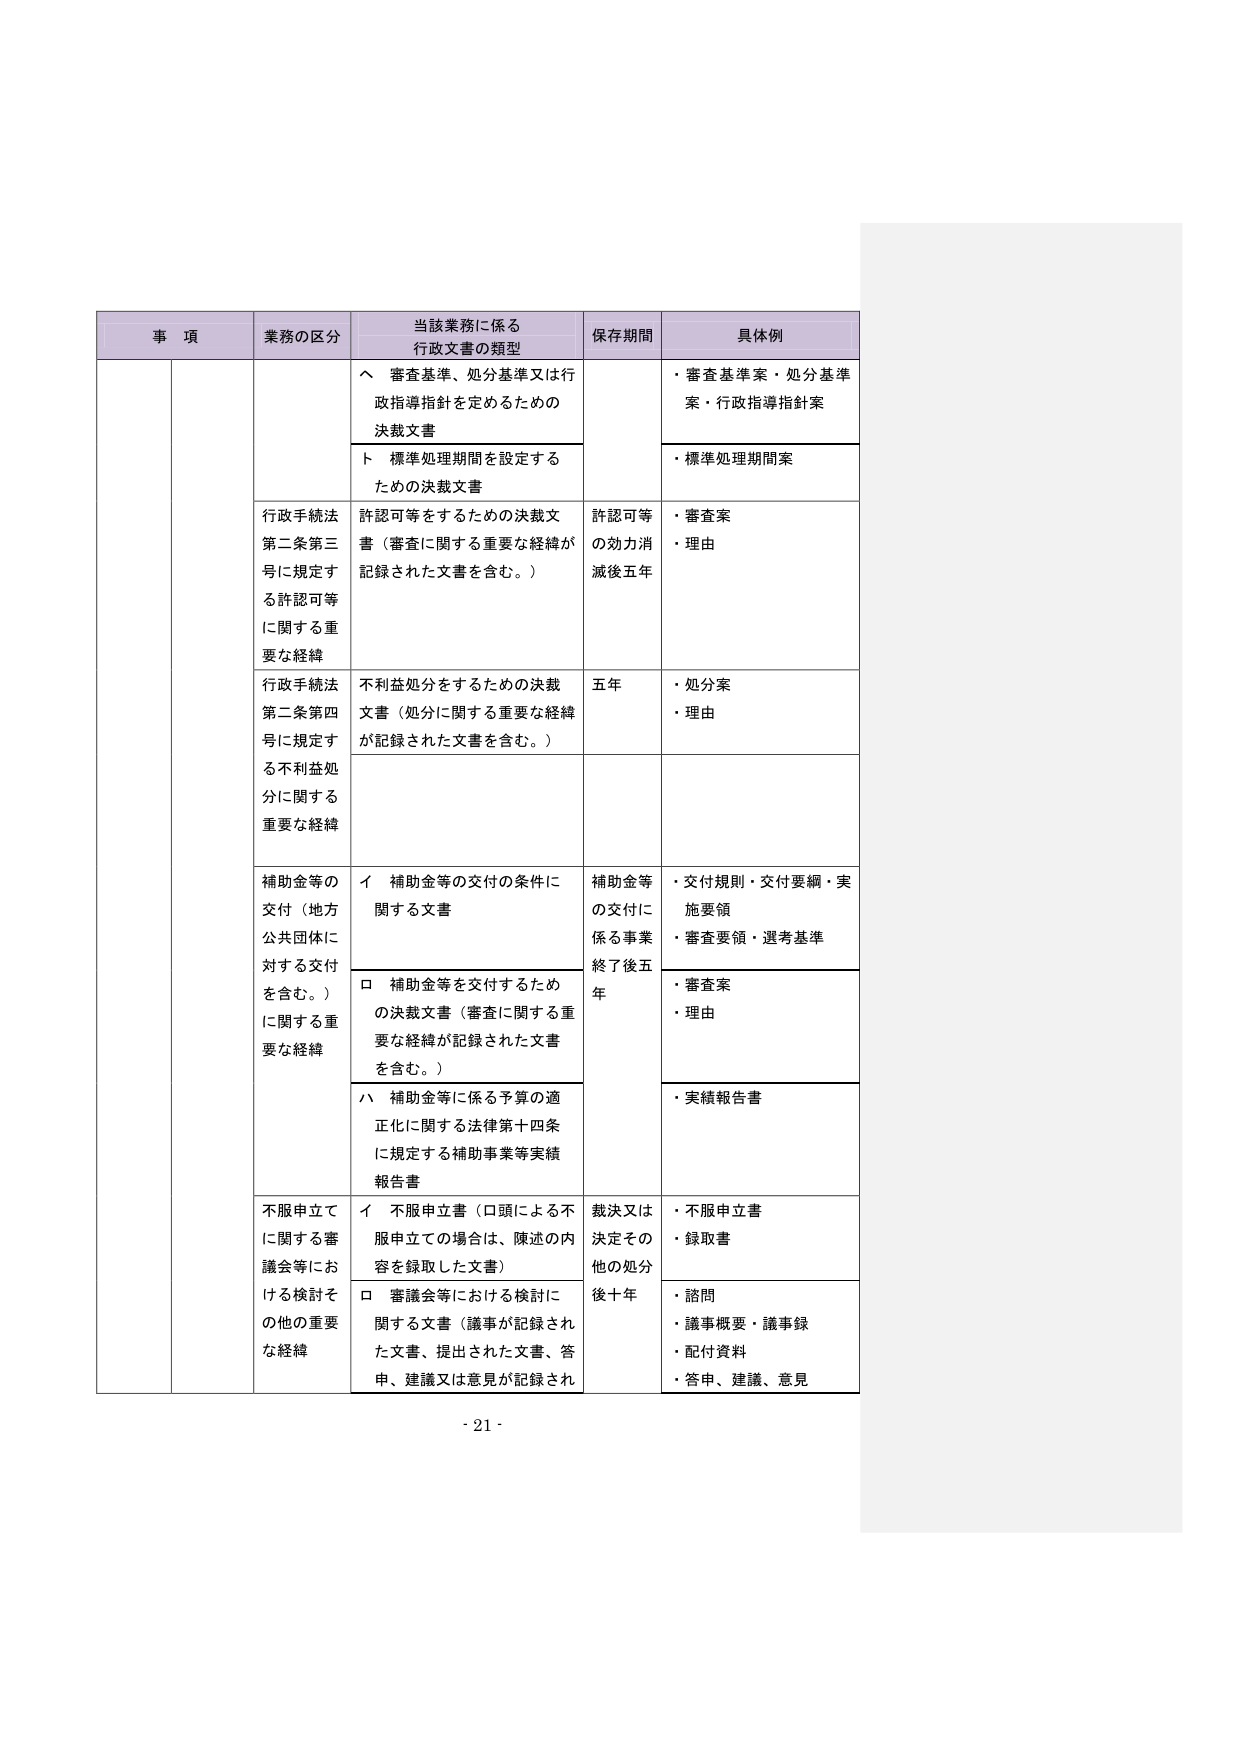
事 項 業務の区分 当該業務に係る 行政文書の類型 保存期間 具体例 へ 審査基準、処分基準又は行 政指導指針を定めるための 決裁文書 ・審査基準案・処分基準 案・行政指導指針案 ト 標準処理期間を設定する ための決裁文書 ・標準処理期間案 行政手続法 第二条第三 号に規定す る許認可等 に関する重 要な経緯 許認可等をするための決裁文 書（審査に関する重要な経緯が 記録された文書を含む。） 許認可等 の効力消 滅後五年 ・審査案 ・理由 行政手続法 第二条第四 号に規定す る不利益処 分に関する 重要な経緯 不利益処分をするための決裁 文書（処分に関する重要な経緯 が記録された文書を含む。） 五年 ・処分案 ・理由 補助金等の 交付（地方 公共団体に 対する交付 を含む。） に関する重 要な経緯 イ 補助金等の交付の条件に 関する文書 補助金等 の交付に 係る事業 終了後五 年 ・交付規則・交付要綱・実 施要領 ・審査要領・選考基準 ロ 補助金等を交付するため の決裁文書（審査に関する重 要な経緯が記録された文書 を含む。） ・審査案 ・理由 ハ 補助金等に係る予算の適 正化に関する法律第十四条 に規定する補助事業等実績 報告書 ・実績報告書 不服申立て に関する審 議会等にお ける検討そ の他の重要 な経緯 イ 不服申立書（口頭による不 服申立ての場合は、陳述の内 容を録取した文書） 裁決又は 決定その 他の処分 後十年 ・不服申立書 ・録取書 ロ 審議会等における検討に 関する文書（議事が記録され た文書、提出された文書、答 申、建議又は意見が記録され ・諮問 ・議事概要・議事録 ・配付資料 ・答申、建議、意見 - 21 -